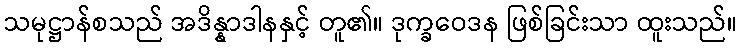
သမုဋ္ဌာန်စသည် အဒိန္နာဒါနနှင့် တူ၏။ ဒုက္ခဝေဒန ဖြစ်ခြင်းသာ ထူးသည်။